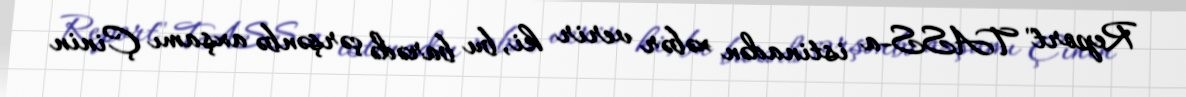
Report" TASS-a istinadən xəbər verir ki, bu barədə çərşənbə axşamı Çinin